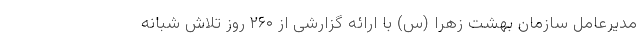
مدیرعامل سازمان بهشت زهرا (س) با ارائه گزارشی از ۲۶۰ روز تلاش شبانه